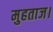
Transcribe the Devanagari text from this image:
मुहताज।